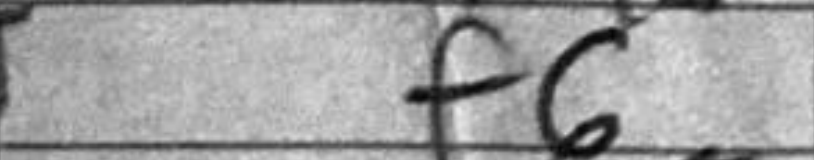
Transcription: f6